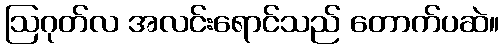
ဩဂုတ်လ အလင်းရောင်သည် တောက်ပဆဲ။